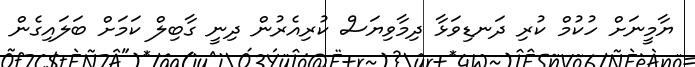
ޔާމީނަށް ހުކުމް ކުރި ދަނޑިވަޅާ ދިމާވިޔަސް ކުރިއެރުން ދިނީ ގާބިލް ކަމަށް ބަލައިގެން